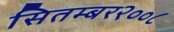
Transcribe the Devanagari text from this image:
सितम्बर२००८